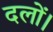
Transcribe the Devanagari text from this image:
दलों।